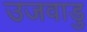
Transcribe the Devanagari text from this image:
उजवाडु